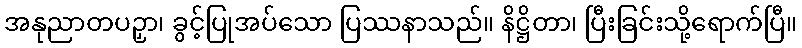
အနုညာတပဉှာ၊ ခွင့်ပြုအပ်သော ပြဿနာသည်။ နိဋ္ဌိတာ၊ ပြီးခြင်းသို့ရောက်ပြီ။